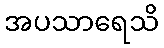
အပသာရေသိ